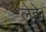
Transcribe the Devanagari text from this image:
लेहे